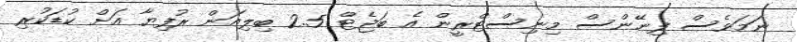
ނަމަވެސް ފިނޭންސް މިނިސްޓްރީން އެ ބަޖެޓް 2.5 ބިލިއަން ރުފިޔާ އަށް ކުޑަކުރި